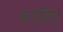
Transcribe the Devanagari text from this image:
वारिए